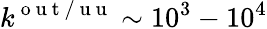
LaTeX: k^{\mathrm{~o~u~t~/~u~u~}}\sim 10^{3}-10^{4}